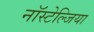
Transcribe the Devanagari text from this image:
नॉस्टेल्जिया